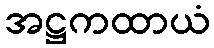
အဋ္ဌကထာယံ